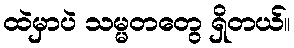
ထဲမှာပဲ သမ္မတတွေ ရှိတယ်။